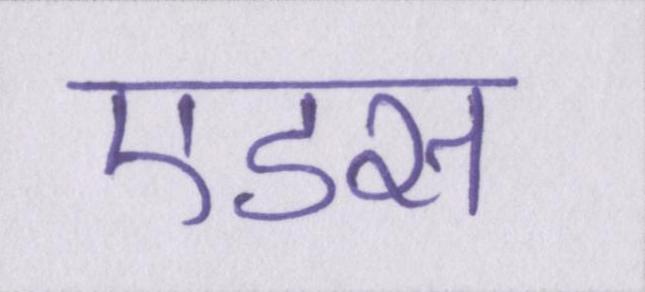
एडस